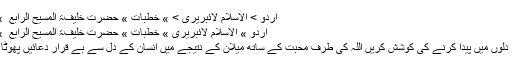
اردو > الاسلام لائبریری > » خطبات » حضرت خلیفۃ المسیح الرابع ؒ » 1997ء
اردو » الاسلام لائبریری » خطبات » حضرت خلیفۃ المسیح الرابع ؒ » 1997ء
اللہ کا پیار دلوں میں پیدا کرنے کی کوشش کریں اللہ کی طرف محبت کے ساتھ میلان کے نتیجے میں انسان کے دل سے بے قرار دعائیں پھوٹا کرتی ہیں۔